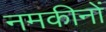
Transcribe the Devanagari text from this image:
नमकीनों